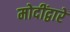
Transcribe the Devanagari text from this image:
मोदींद्वारे